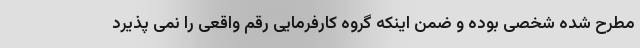
مطرح شده شخصی بوده و ضمن اینکه گروه کارفرمایی رقم واقعی را نمی پذیرد